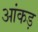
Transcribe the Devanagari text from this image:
आंकड़